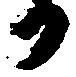
か